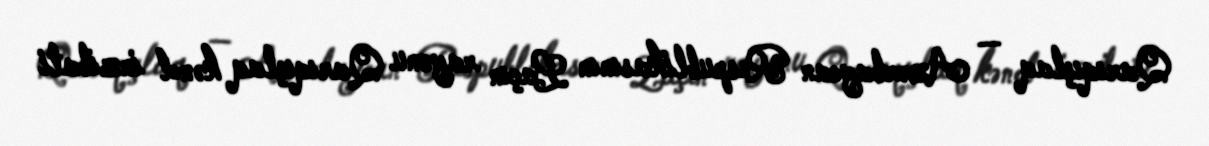
Qarıqışlaq — Azərbaycan Respublikasının Laçın rayonu Qarıqışlaq kənd inzibati